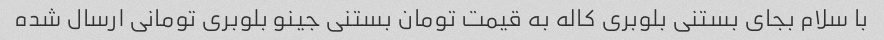
با سلام بجای بستنی بلوبری کاله به قیمت تومان بستنی جینو بلوبری تومانی ارسال شده